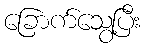
ခြောက်သွေ့ပြီး